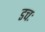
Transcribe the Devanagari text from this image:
डचः